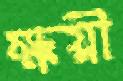
ক্ষয়ী